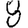
Digit: 8